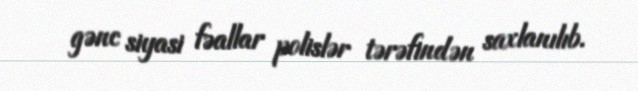
gənc siyasi fəallar polislər tərəfindən saxlanılıb.